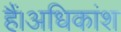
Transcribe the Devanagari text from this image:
हैं।अधिकांश